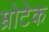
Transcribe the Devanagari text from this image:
म्रोटेक